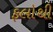
ફલોથી